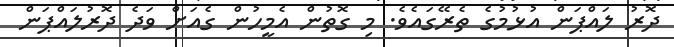
ދޮރު ލައްޕަން އުޅުމުގެ ތެރޭގައެވެ. މި ގޮތުން އެމީހުން ގެއަށް ވަދެ ދޮރުލައްޕަން